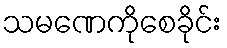
သမဏေကိုစေခိုင်း